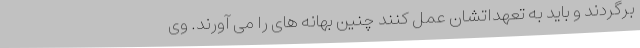
برگردند و باید به تعهداتشان عمل کنند چنین بهانه های را می آورند. وی